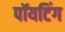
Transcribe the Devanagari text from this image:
पॉयटिंग